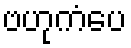
ဗဟုကံပေ